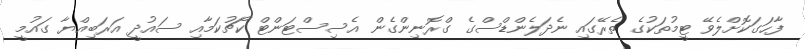
ފާހަގަކޮށްލެވޭ ޓީމުތަކުގެ ތެރޭގައި ނެދަލެންޑްސްގެ ގްރޮނިންގެން އެސިސްޓަންޓް ކޯޗުކަމާއި ސައުދީ އަރަބިއްޔާ ގައުމީ